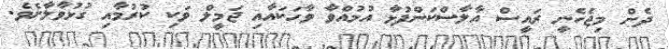
ދެން މިޖެހެނީ ރައީސް އާލާސްކަންފުޅާ އުޅުއްވާ ވާހަކައާއި ޖަމީލް ވަކި ކުރުމާއި ގުޅުވާލާށެވެ.